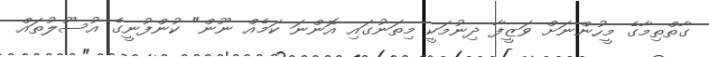
ގާތްތިމާގެ މީހުންނަށް ވަޒީފާ ދިނުމަކީ މިތަނުގައި އޮންނަ ކަމެއް ނޫން" ކުންފުނީގެ އުސޫލުތައް